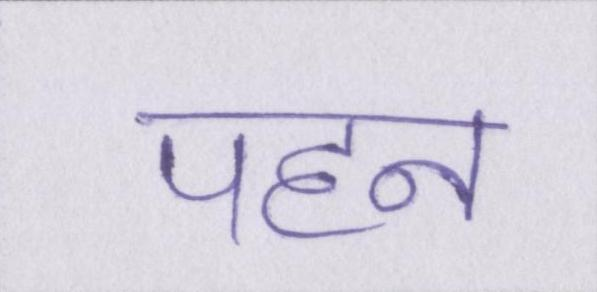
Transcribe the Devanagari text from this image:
पहन